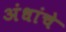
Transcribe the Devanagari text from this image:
अंधांचे